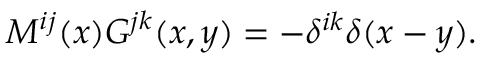
M ^ { i j } ( x ) G ^ { j k } ( x , y ) = - \delta ^ { i k } \delta ( x - y ) .